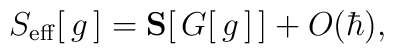
S_{\mathrm{eff}}[\,g\,]     =\mathbf{S}\big[\,G[\,g\,]\,\big]     +O(\hbar),